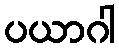
ပယာဂါ